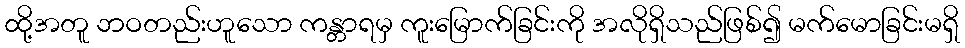
ထို့အတူ ဘဝတည်းဟူသော ကန္တာရမှ ကူးမြောက်ခြင်းကို အလိုရှိသည်ဖြစ်၍ မက်မောခြင်းမရှိ